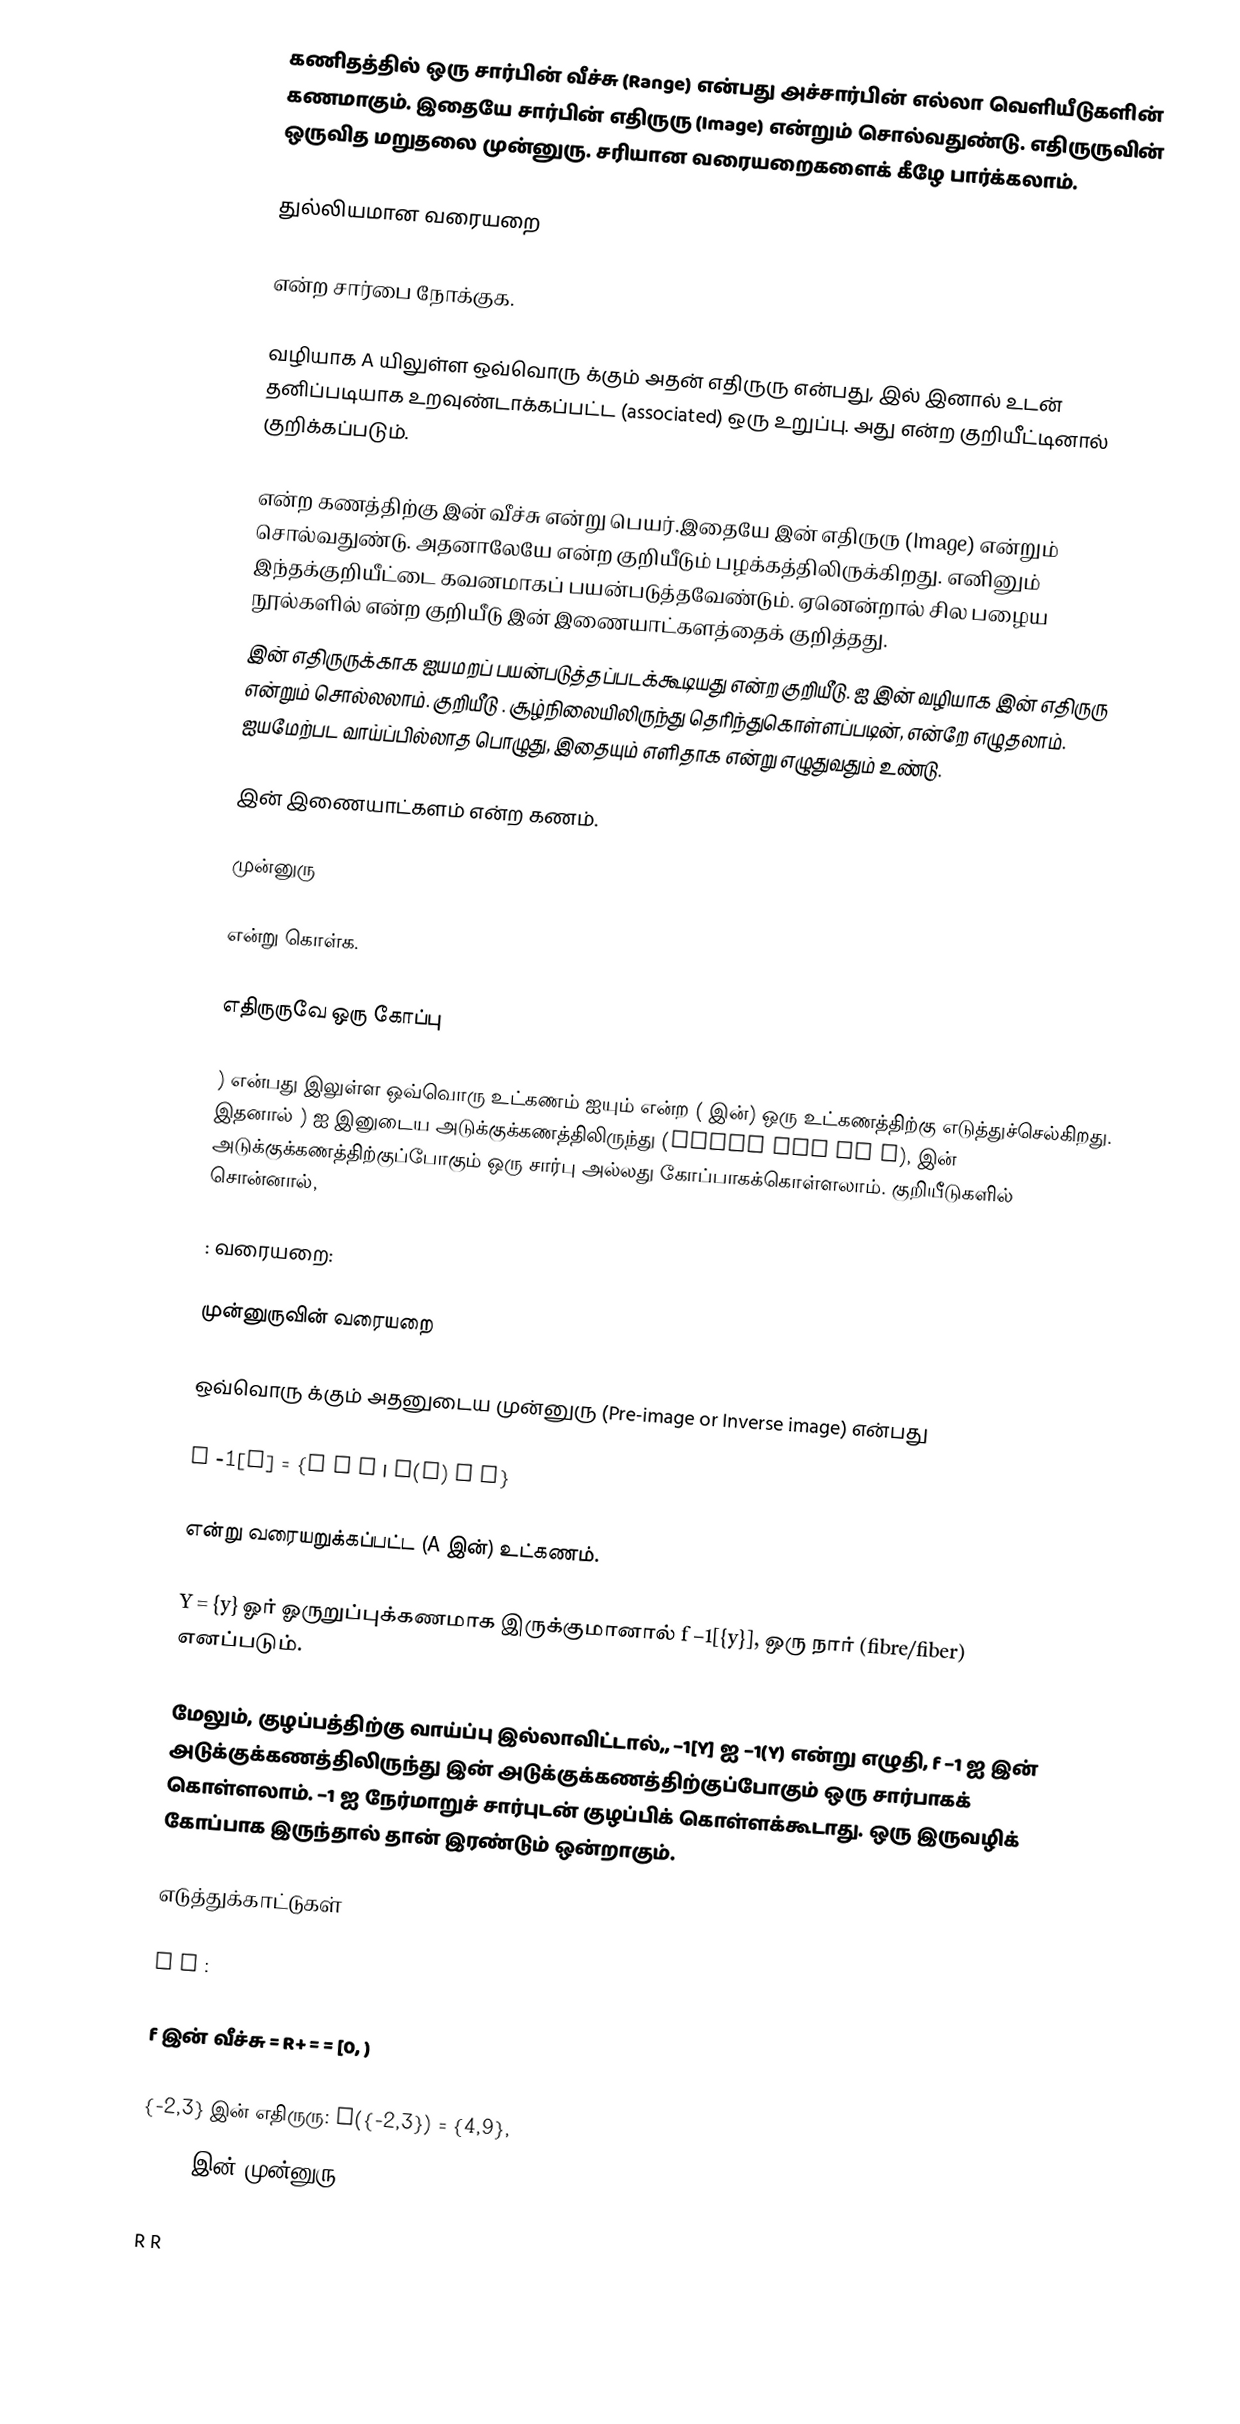
கணிதத்தில் ஒரு சார்பின் வீச்சு (Range) என்பது  அச்சார்பின் எல்லா வெளியீடுகளின் கணமாகும். இதையே சார்பின் எதிருரு (Image) என்றும் சொல்வதுண்டு. எதிருருவின் ஒருவித மறுதலை முன்னுரு. சரியான வரையறைகளைக் கீழே பார்க்கலாம்.

துல்லியமான வரையறை

 என்ற சார்பை நோக்குக.

 வழியாக  A யிலுள்ள ஒவ்வொரு   க்கும் அதன் எதிருரு  என்பது,  இல்  இனால்  உடன்  தனிப்படியாக உறவுண்டாக்கப்பட்ட  (associated)  ஒரு உறுப்பு. அது  என்ற குறியீட்டினால் குறிக்கப்படும்.

 என்ற கணத்திற்கு  இன் வீச்சு என்று பெயர்.இதையே  இன் எதிருரு (Image) என்றும் சொல்வதுண்டு. அதனாலேயே  என்ற குறியீடும் பழக்கத்திலிருக்கிறது. எனினும் இந்தக்குறியீட்டை கவனமாகப் பயன்படுத்தவேண்டும். ஏனென்றால் சில பழைய நூல்களில்   என்ற குறியீடு   இன் இணையாட்களத்தைக் குறித்தது.
  இன் எதிருருக்காக ஐயமறப் பயன்படுத்தப்படக்கூடியது  என்ற குறியீடு.  ஐ   இன் வழியாக  இன் எதிருரு என்றும் சொல்லலாம். குறியீடு . சூழ்நிலையிலிருந்து  தெரிந்துகொள்ளப்படின்,  என்றே எழுதலாம். ஐயமேற்பட வாய்ப்பில்லாத பொழுது, இதையும் எளிதாக   என்று எழுதுவதும் உண்டு.

 இன் இணையாட்களம்  என்ற கணம்.

முன்னுரு

 என்று கொள்க.

எதிருருவே ஒரு கோப்பு

) என்பது  இலுள்ள ஒவ்வொரு உட்கணம்   ஐயும்   என்ற ( இன்) ஒரு உட்கணத்திற்கு எடுத்துச்செல்கிறது. இதனால் ) ஐ  இனுடைய அடுக்குக்கணத்திலிருந்து (Power Set of A),  இன் அடுக்குக்கணத்திற்குப்போகும் ஒரு சார்பு அல்லது கோப்பாகக்கொள்ளலாம். குறியீடுகளில் சொன்னால்,

 : வரையறை:

முன்னுருவின் வரையறை

ஒவ்வொரு   க்கும் அதனுடைய முன்னுரு (Pre-image or Inverse image) என்பது

f −1[Y] = {x ∈ A | f(x) ∈ Y}

என்று வரையறுக்கப்பட்ட (A இன்) உட்கணம்.

Y = {y} ஓர் ஓருறுப்புக்கணமாக  இருக்குமானால் f −1[{y}], ஒரு நார் (fibre/fiber) எனப்படும்.

மேலும், குழப்பத்திற்கு வாய்ப்பு இல்லாவிட்டால்,,  −1[Y] ஐ   −1(Y) என்று எழுதி,  f −1 ஐ  இன் அடுக்குக்கணத்திலிருந்து   இன் அடுக்குக்கணத்திற்குப்போகும் ஒரு சார்பாகக் கொள்ளலாம்.  −1 ஐ  நேர்மாறுச் சார்புடன் குழப்பிக் கொள்ளக்கூடாது.   ஒரு இருவழிக் கோப்பாக இருந்தால் தான் இரண்டும் ஒன்றாகும்.

எடுத்துக்காட்டுகள்

  R R :

f இன் வீச்சு = R+ =   = [0, )

{-2,3} இன் எதிருரு: f({-2,3}) = {4,9},
{4,9} இன் முன்னுரு :  f −1({4,9}) = {-3,-2,2,3}.

   R R